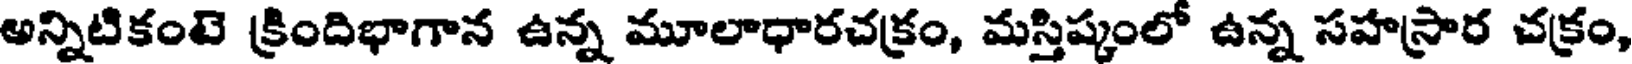
అన్నిటికంటె క్రిందిభాగాన ఉన్న మూలాధారచక్రం, మస్తిష్కంలో ఉన్న సహస్రార చక్రం,